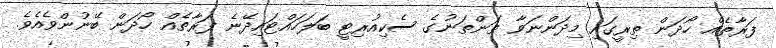
ފަރާތެއް ހޯދަން ތިރީގައި މިދަންނަވާ ތަންތަނުގެ ސެކިއުރިޓީ ބަލަހައްޓައިދޭނެ ފަރާތެއް ހޯދަން ބޭނުންވެއެވެ.